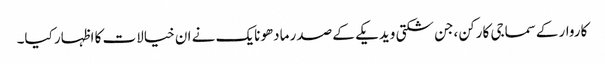
کاروار کےسماجی کارکن ،جن شکتی ویدیکے کے صدر مادھونایک نے ان خیالات کا اظہار کیا۔